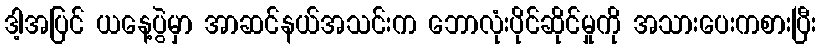
ဒါ့အပြင် ယနေ့ပွဲမှာ အာဆင်နယ်အသင်းက ဘောလုံးပိုင်ဆိုင်မှုကို အသားပေးကစားပြီး